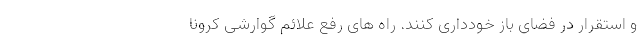
و استقرار در فضای باز خودداری کنند. راه های رفع علائم گوارشی کرونا